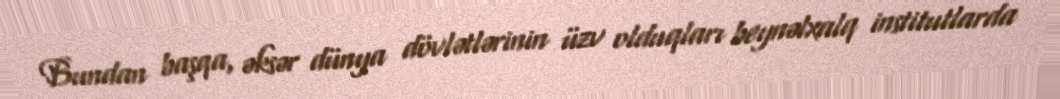
Bundan başqa, əksər dünya dövlətlərinin üzv olduqları beynəlxalq institutlarda